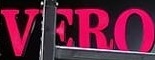
VERO